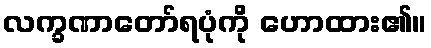
လက္ခဏာတော်ရပုံကို ဟောထား၏။